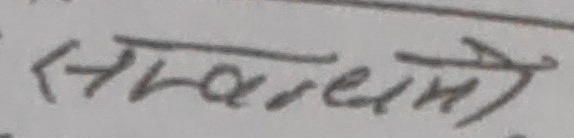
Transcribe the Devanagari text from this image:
सम्बन्धमे